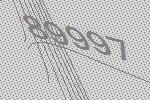
89997